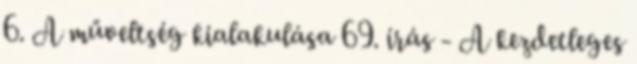
6. A műveltség kialakulása 69. írás - A kezdetleges